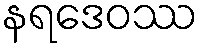
နရဒေဝဿ